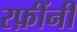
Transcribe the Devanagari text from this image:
रफ़ींनी